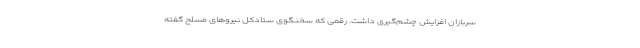
سربازان افزایش چشم‌گیری داشت. رقمی که سخنگوی ستادکل نیروهای مسلح گفته